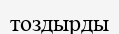
тоздырды